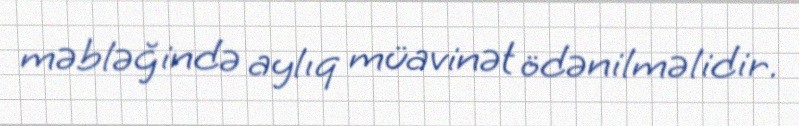
məbləğində aylıq müavinət ödənilməlidir.